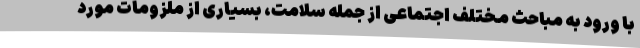
با ورود به مباحث مختلف اجتماعی از جمله سلامت، بسیاری از ملزومات مورد